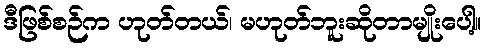
ဒီဖြစ်စဉ်က ဟုတ်တယ်၊ မဟုတ်ဘူးဆိုတာမျိုးပေါ့။